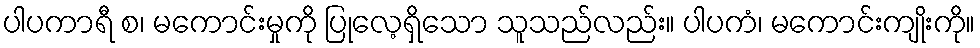
ပါပကာရီ စ၊ မကောင်းမှုကို ပြုလေ့ရှိသော သူသည်လည်း။ ပါပကံ၊ မကောင်းကျိုးကို။